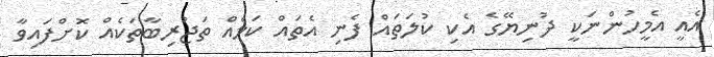
އެއީ އެމީހުންނަކީ ދުނިޔޭގެ އެކި ކުލަތައް ފެނި އެތައް ކަމެއް ތަޖުރިބާތަކެއް ކޮށްފައިވާ